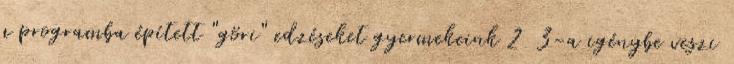
a programba épített "göri" edzéseket gyermekeink 2 3-a igénybe veszi